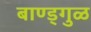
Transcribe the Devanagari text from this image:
बाण्ड्गुळ